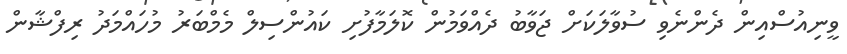
ވީނިއުސްއިން ދެންނެވި ސުވާލަކަށް ޖަވާބު ދެއްވަމުން ކޮލަމާފުށި ކައުންސިލް މެމްބަރު މުހައްމަދު ރިފްޝާން